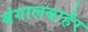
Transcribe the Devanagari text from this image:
बंगालबाहेर